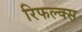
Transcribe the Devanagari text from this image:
रिफल्क्स